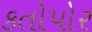
કતોપોર